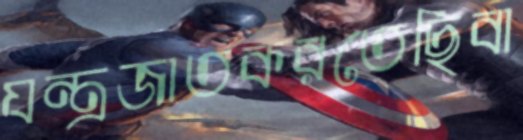
যন্ত্রজাতকরতেছিবা